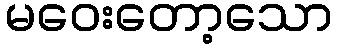
မဝေးတော့သော